Note on the mental hospitals in Burma - 1925-1940
Year: 1925
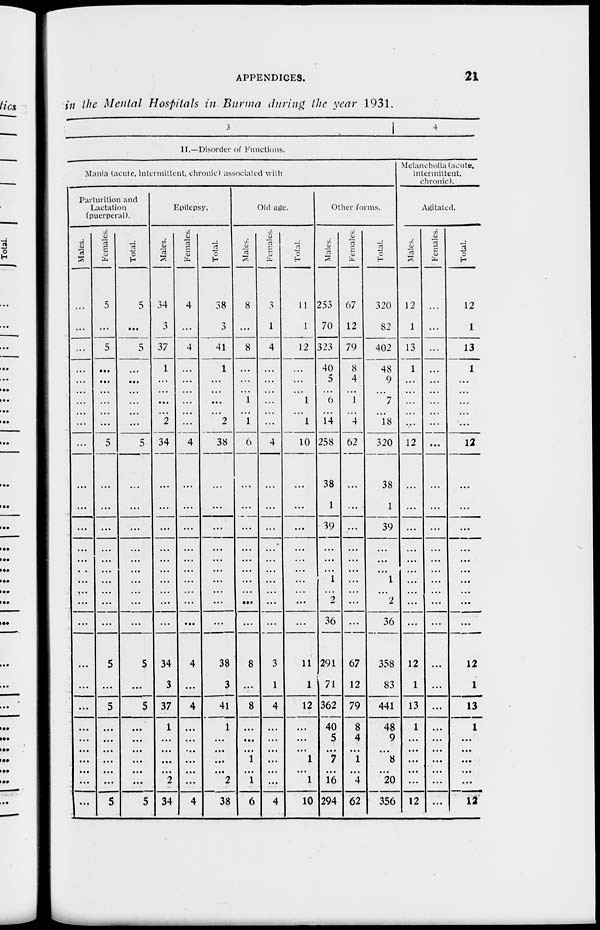
APPENDICES.
21
in the Mental Hospitals in Burma during the year 1931.
3
4
II.—Disorder of Functions.
Mania (acute, intermittent, chronic) associated with
Parturition and
Lactation
(puerperal).
Males.
...
...
...
...
...
...
...
...
...
...
...
...
...
...
...
...
...
...
...
...
...
...
...
...
...
...
...
...
...
...
Females.
5
...
5
...
...
...
...
...
...
5
...
...
...
...
...
...
...
...
...
...
5
...
5
...
...
...
...
...
...
5
Total.
5
...
5
...
...
...
...
...
...
5
...
...
...
...
...
...
...
...
...
...
5
...
5
...
...
...
...
...
...
5
Epilepsy.
Males.
34
3
37
1
...
...
...
...
2
34
...
...
...
...
...
...
...
...
...
...
34
3
37
1
...
...
...
...
2
34
Females.
4
...
4
...
...
...
...
...
...
4
...
...
...
...
...
...
...
...
...
...
4
...
4
...
...
...
...
...
...
4
Total.
38
3
41
1
...
...
...
...
2
38
...
...
...
...
...
...
...
...
...
...
38
3
41
1
...
...
...
...
2
38
Old age.
Males.
8
...
8
...
...
...
1
...
1
6
...
...
...
...
...
...
...
...
...
...
8
...
8
...
...
...
1
...
1
6
Females.
3
1
4
...
...
...
...
...
...
4
...
...
...
...
...
...
...
...
...
...
3
1
4
...
...
...
...
...
...
4
Total.
11
1
12
...
...
...
1
...
1
10
...
...
...
...
...
...
...
...
...
...
11
1
12
...
...
...
1
...
1
10
Other forms.
Males.
253
70
323
40
5
...
6
...
14
258
38
1
39
...
...
...
1
...
2
36
291
71
362
40
5
...
7
...
16
294
Females.
67
12
79
8
4
...
1
...
4
62
...
...
...
...
...
...
...
...
...
...
67
12
79
8
4
...
1
...
4
62
Total.
320
82
402
48
9
...
7
...
18
320
38
1
39
...
...
...
1
...
2
36
358
83
441
48
9
...
8
...
20
356
Melancholia (acute,
intermittent.
chronic).
Agitated.
Males.
12
1
13
1
...
...
...
...
...
12
...
...
...
...
...
...
...
...
...
...
12
1
13
1
...
...
...
...
...
12
Females.
...
...
...
...
...
...
...
...
...
...
...
...
...
...
...
...
...
...
...
...
...
...
...
...
...
...
...
...
...
...
Total.
12
1
13
1
...
...
...
...
...
12
...
...
...
...
...
...
...
...
...
...
12
1
13
1
...
...
...
...
...
12